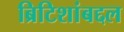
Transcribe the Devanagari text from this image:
ब्रिटिशांबद्दल